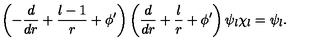
\left( - \frac { d } { d r } + \frac { l - 1 } { r } + \phi ^ { \prime } \right) \left( \frac { d } { d r } + \frac { l } { r } + \phi ^ { \prime } \right) \psi _ { l } \chi _ { l } = \psi _ { l } .